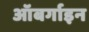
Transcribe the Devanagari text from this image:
ऑबर्गाइन